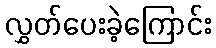
လွှတ်ပေးခဲ့ကြောင်း